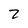
Character: 2